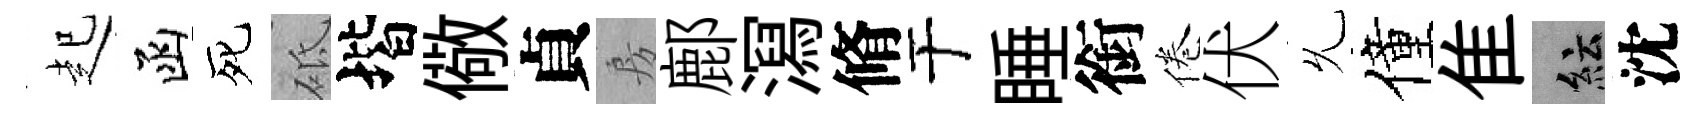
起函死砥堦儆貞房鄜㵼脩于睡銜倦伏𠃔僮隹紜沈